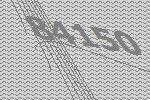
84150